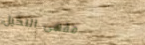
مقهى النخيل